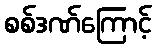
စစ်ဒဏ်ကြောင့်